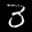
Label: 3